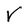
Character: V